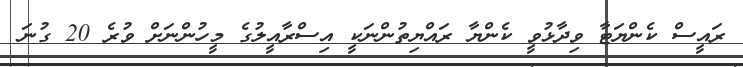
ރައީސް ކެންޔަޓާ ވިދާޅުވީ ކެންޔާ ރައްޔިތުންނަކީ އިސްރާއީލުގެ މީހުންނަށް ވުރެ 20 ގުނަ